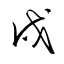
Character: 戍